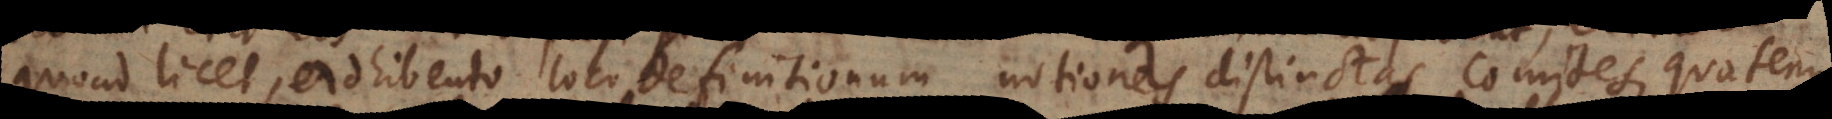
quoad licet, adhibendo loco definitionum notiones distinctas comites, quatenus